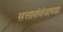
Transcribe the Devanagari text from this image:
सत्तासंबंधाच्या